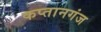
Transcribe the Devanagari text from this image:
कप्‍तानगंज